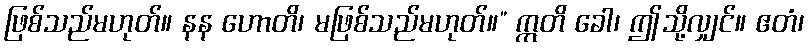
ဖြစ်သည်မဟုတ်။ နန ဟောတိ၊ မဖြစ်သည်မဟုတ်။” ဣတိ ခေါ၊ ဤသို့လျှင်။ ဧတံ၊